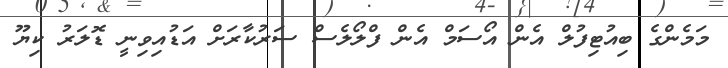
މަމެންގެ ބިއުޓިފުލް އެން އޯސަމް އެން ފްލޯލެސް ސަރުކާރަށް އަޑުއިވިނީ ޑޮލަރު ކިޔޫ